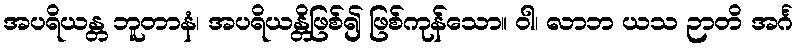
အပရိယန္တ ဘူတာနံ၊ အပရိယန္တိဖြစ်၍ ဖြစ်ကုန်သော။ ဝါ၊ လာဘ ယသ ဉာတိ အင်္ဂ